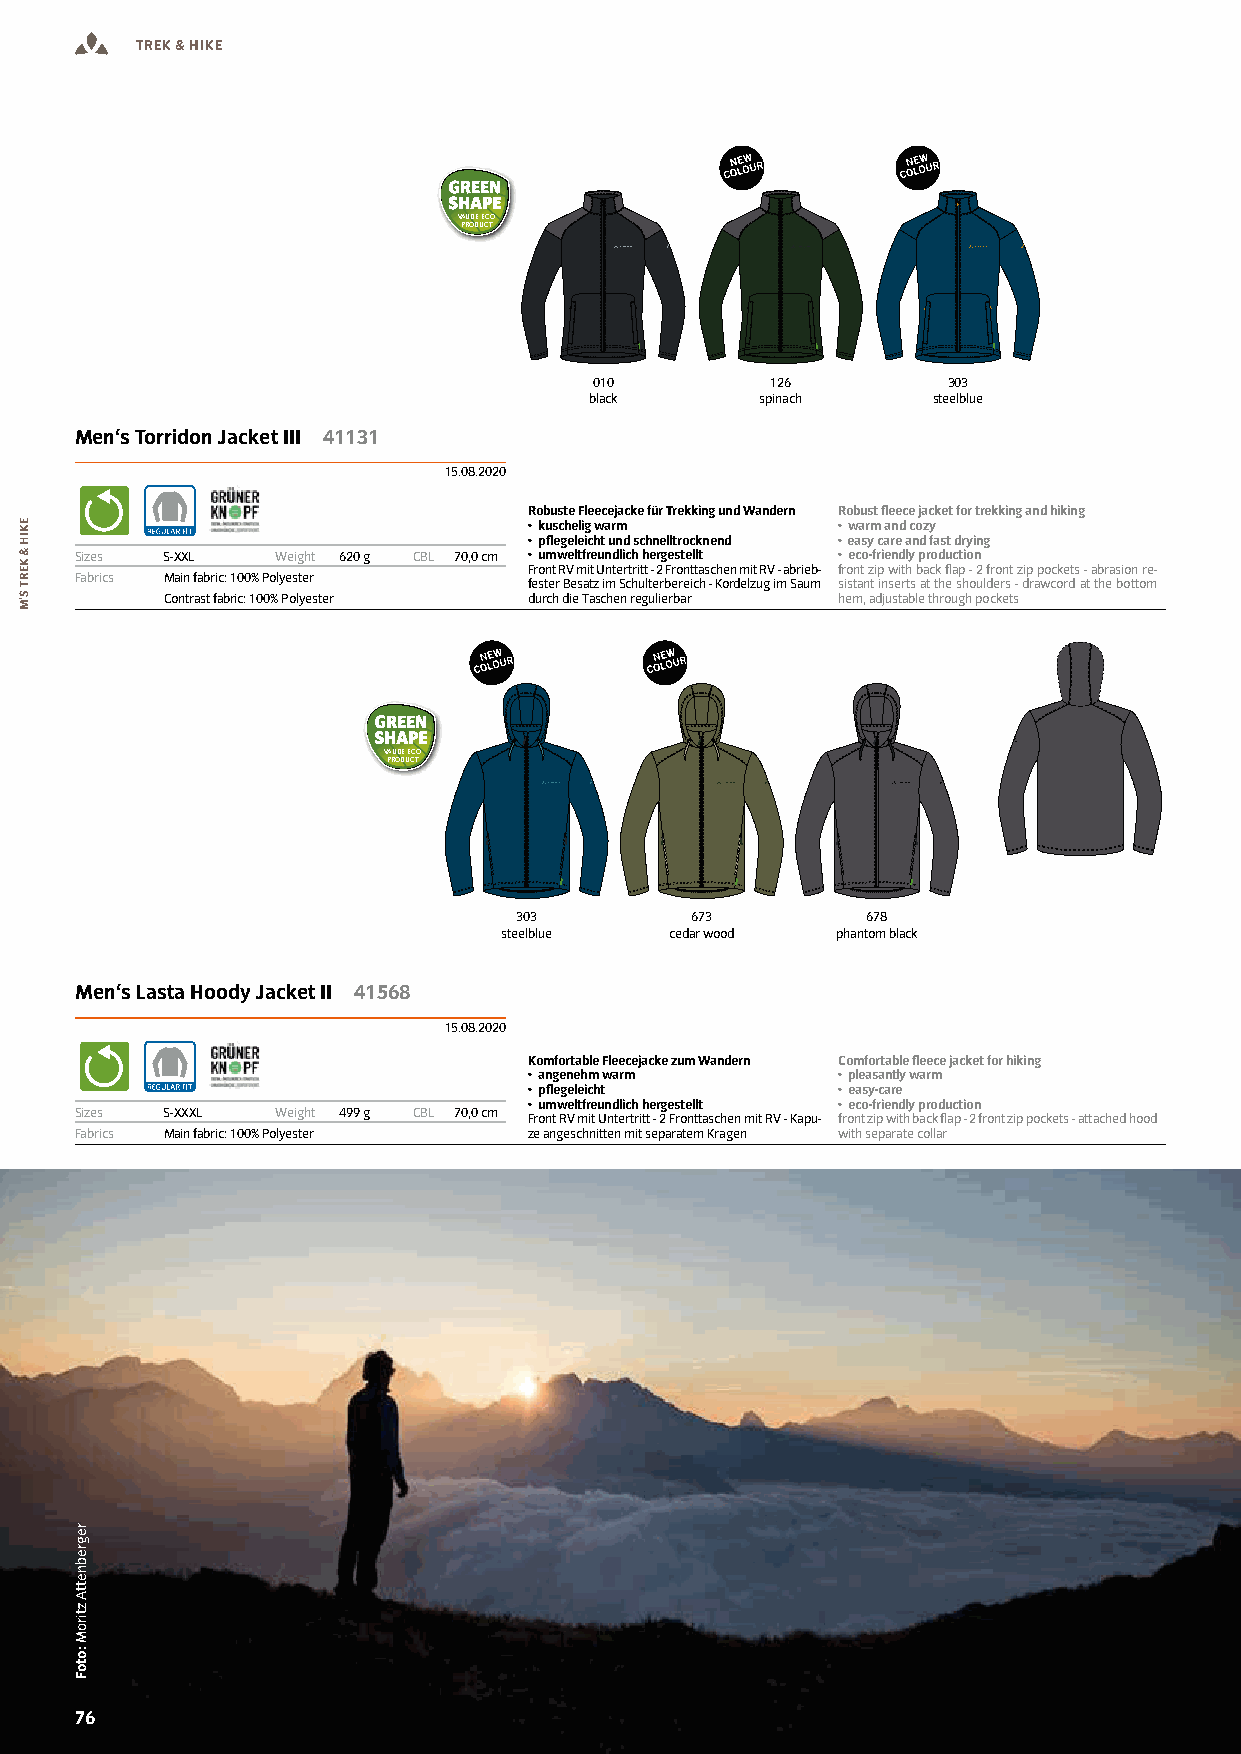
TREK & HIKE
 VAUDE ECO
 PRODUCT
 010         126         303
 black      spinach     steelblue
 Men‘s Torridon Jacket III 41131
 15.08.2020
 Robuste Fleecejacke für Trekking und Wandern Robust leece jacket for trekking and hiking
 • kuschelig warm    • warm and cozy
 • plegeleicht und schnelltrocknend • easy care and fast drying
 Sizes S-XXL  Weight 620 g CBL 70,0 cm • umweltfreundlich hergestellt • eco-friendly production
 Front RV mit Untertritt - 2 Fronttaschen mit RV - abrieb- front zip with back flap - 2 front zip pockets - abrasion re-
 Fabrics Main fabric: 100% Polyester fester Besatz im Schulterbereich - Kordelzug im Saum sistant inserts at the shoulders - drawcord at the bottom
 Contrast fabric: 100% Polyester durch die Taschen regulierbar hem, adjustable through pockets
 VAUDE ECO
 PRODUCT
 303         673        678
 steelblue  cedar wood phantom black
 Men‘s Lasta Hoody Jacket II 41568
 15.08.2020
 Komfortable Fleecejacke zum Wandern Comfortable leece jacket for hiking
 • angenehm warm     • pleasantly warm
 • plegeleicht       • easy-care
 • umweltfreundlich hergestellt • eco-friendly production
 Sizes S-XXXL Weight 499 g CBL 70,0 cm Front RV mit Untertritt - 2 Fronttaschen mit RV - Kapu- front zip with back flap - 2 front zip pockets - attached hood
 Fabrics Main fabric: 100% Polyester ze angeschnitten mit separatem Kragen with separate collar
 7766 WWW.VAUDE-DEALERS.COM
 EKIH
 &
 KERT
 S’M
 regrebnettA
 ztiroM
 :otoF